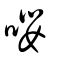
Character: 譻